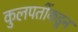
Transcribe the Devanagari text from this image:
कुलपतींकडून